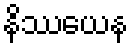
နိဿယေန